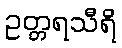
ဥတ္တရသီရိ